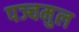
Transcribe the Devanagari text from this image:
पञ्चमुल